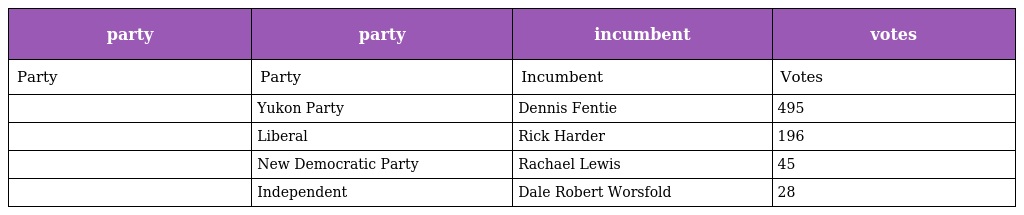
| party | party | incumbent | votes |
 | --- | --- | --- | --- |
 | Party | Party | Incumbent | Votes |
 |  | Yukon Party | Dennis Fentie | 495 |
 |  | Liberal | Rick Harder | 196 |
 |  | New Democratic Party | Rachael Lewis | 45 |
 |  | Independent | Dale Robert Worsfold | 28 |